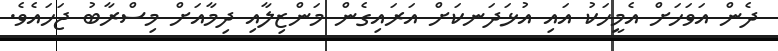
ދެން އަވަހަށް އެމީހަކު އައި އުޅަދަނކަށް އަރައިގެން މަންޒިލާއި ދިމާއަށް މިސްރާބު ޖަހައެވެ.